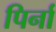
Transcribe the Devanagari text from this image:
पिर्ना